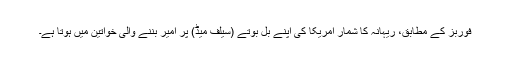
فوربز کے مطابق، ریہانہ کا شمار امریکا کی اپنے بل بوتے (سیلف میڈ) پر امیر بننے والی خواتین میں ہوتا ہے۔